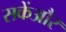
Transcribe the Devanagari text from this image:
सकेंऔर